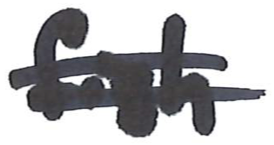
Text: fish
Cross-out: mix
Writing tool: marker